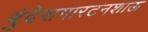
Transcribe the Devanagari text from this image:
बुंदेसगारटनशाऊ